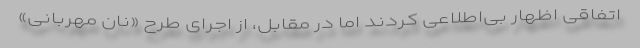
اتفاقی اظهار بی‌اطلاعی کردند اما در مقابل، از اجرای طرح «نان مهربانی»